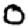
Digit: 0